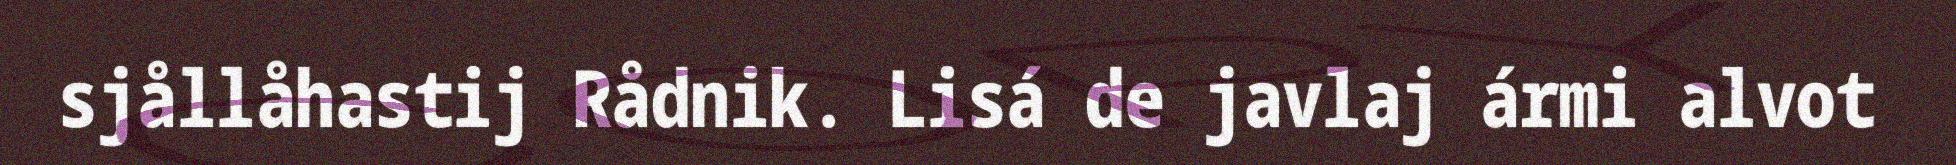
sjållåhastij Rådnik. Lisá de javlaj ármi alvot